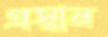
প্রস্বান